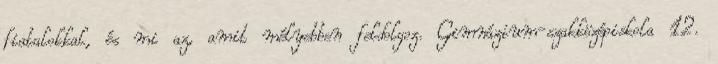
fiatalokkal, és mi az, amit mélyebben feldolgoz. Gimnázium-szakközépiskola 12.